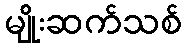
မျိုးဆက်သစ်